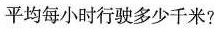
平均每小时行驶多少千米?